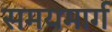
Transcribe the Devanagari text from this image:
समयमार्ग